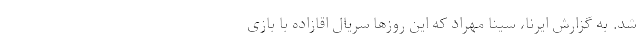
شد. به گزارش ایرنا، سینا مهراد که این روزها سریال اقازاده با بازی